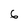
Character: 6